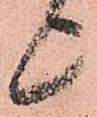
上